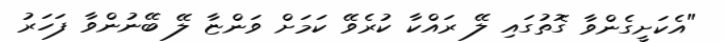
"އެކަށީގެންވާ ގޮތުގައި ލޭ ރައްކާ ކުރެވޭ ކަމަށް ވަންޏާ ލޭ ބޭނުންވާ ފަހަރު